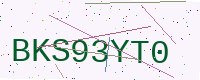
Text: BKS93YT0